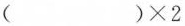
$$( ) \times 2$$